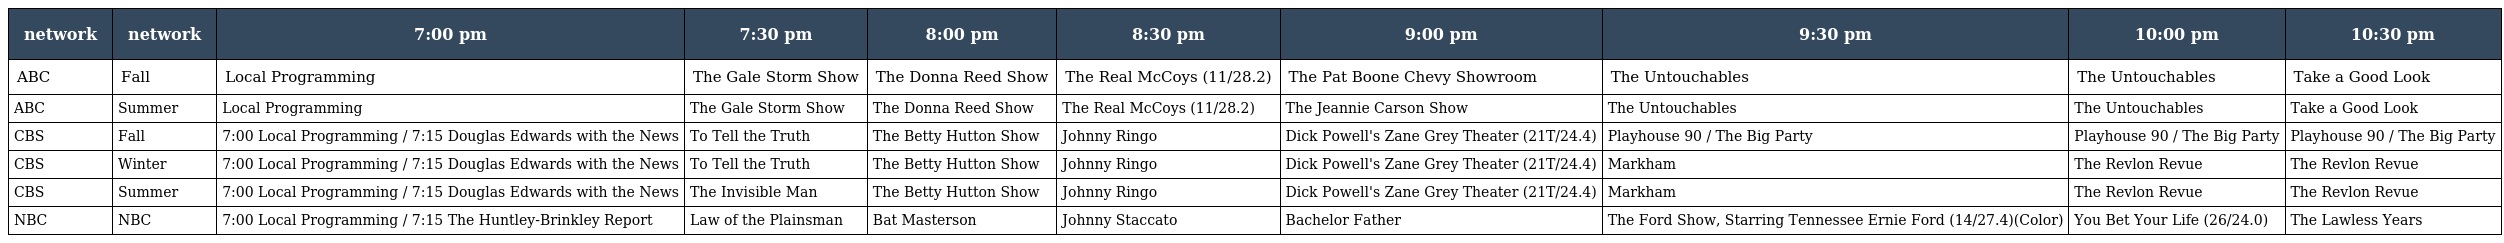
| network | network | 7:00 pm | 7:30 pm | 8:00 pm | 8:30 pm | 9:00 pm | 9:30 pm | 10:00 pm | 10:30 pm |
 | --- | --- | --- | --- | --- | --- | --- | --- | --- | --- |
 | ABC | Fall | Local Programming | The Gale Storm Show | The Donna Reed Show | The Real McCoys (11/28.2) | The Pat Boone Chevy Showroom | The Untouchables | The Untouchables | Take a Good Look |
 | ABC | Summer | Local Programming | The Gale Storm Show | The Donna Reed Show | The Real McCoys (11/28.2) | The Jeannie Carson Show | The Untouchables | The Untouchables | Take a Good Look |
 | CBS | Fall | 7:00 Local Programming / 7:15 Douglas Edwards with the News | To Tell the Truth | The Betty Hutton Show | Johnny Ringo | Dick Powell's Zane Grey Theater (21T/24.4) | Playhouse 90 / The Big Party | Playhouse 90 / The Big Party | Playhouse 90 / The Big Party |
 | CBS | Winter | 7:00 Local Programming / 7:15 Douglas Edwards with the News | To Tell the Truth | The Betty Hutton Show | Johnny Ringo | Dick Powell's Zane Grey Theater (21T/24.4) | Markham | The Revlon Revue | The Revlon Revue |
 | CBS | Summer | 7:00 Local Programming / 7:15 Douglas Edwards with the News | The Invisible Man | The Betty Hutton Show | Johnny Ringo | Dick Powell's Zane Grey Theater (21T/24.4) | Markham | The Revlon Revue | The Revlon Revue |
 | NBC | NBC | 7:00 Local Programming / 7:15 The Huntley-Brinkley Report | Law of the Plainsman | Bat Masterson | Johnny Staccato | Bachelor Father | The Ford Show, Starring Tennessee Ernie Ford (14/27.4)(Color) | You Bet Your Life (26/24.0) | The Lawless Years |